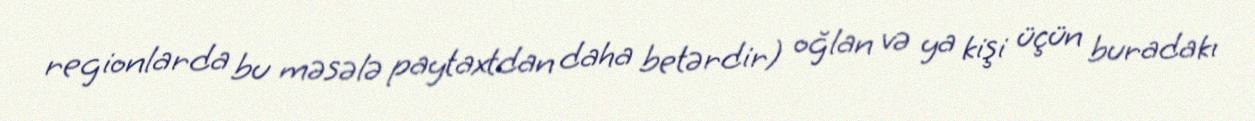
regionlarda bu məsələ paytaxtdan daha betərdir) oğlan və ya kişi üçün buradakı